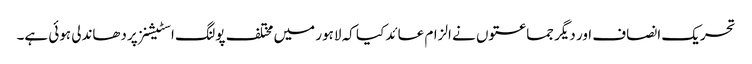
تحریک انصاف اور دیگر جماعتوں نے الزام عائد کیا کہ لاہور میں مختلف پولنگ اسٹیشنز پردھاندلی ہوئی ہے۔